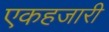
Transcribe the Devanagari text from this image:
एकहजारी